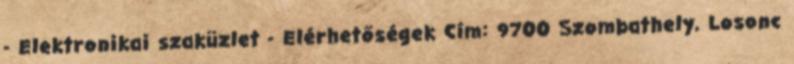
- Elektronikai szaküzlet - Elérhetőségek Cím: 9700 Szombathely, Losonc